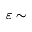
\varepsilon \sim